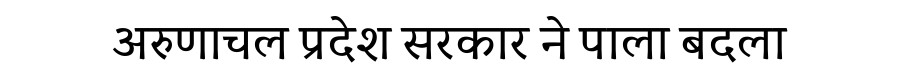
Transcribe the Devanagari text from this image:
अरुणाचल प्रदेश सरकार ने पाला बदला